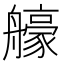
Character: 𦪳